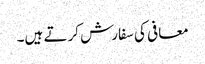
معافی کی سفارش کرتے ہیں۔